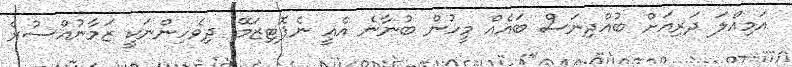
އަމިއްލަ ދަރިއަށް ބުއްދިނަސް ބައެއް މީހުން ބުނާނެ އެއީ ނެޕޮޓިޒަމޭ. ދިވެހިންނަކީ ޒަމާނުއްސުރެ